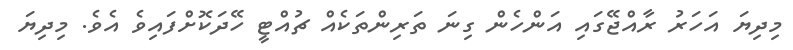
މިދިޔަ އަހަރު ރާއްޖޭގައި އަންހެން ގިނަ ތަރިންތަކެއް ޗުއްޓީ ހޭދަކޮށްފައިވެ އެވެ. މިދިޔަ